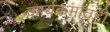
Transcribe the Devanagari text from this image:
कार्यक्रमातही